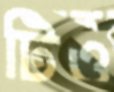
টিও